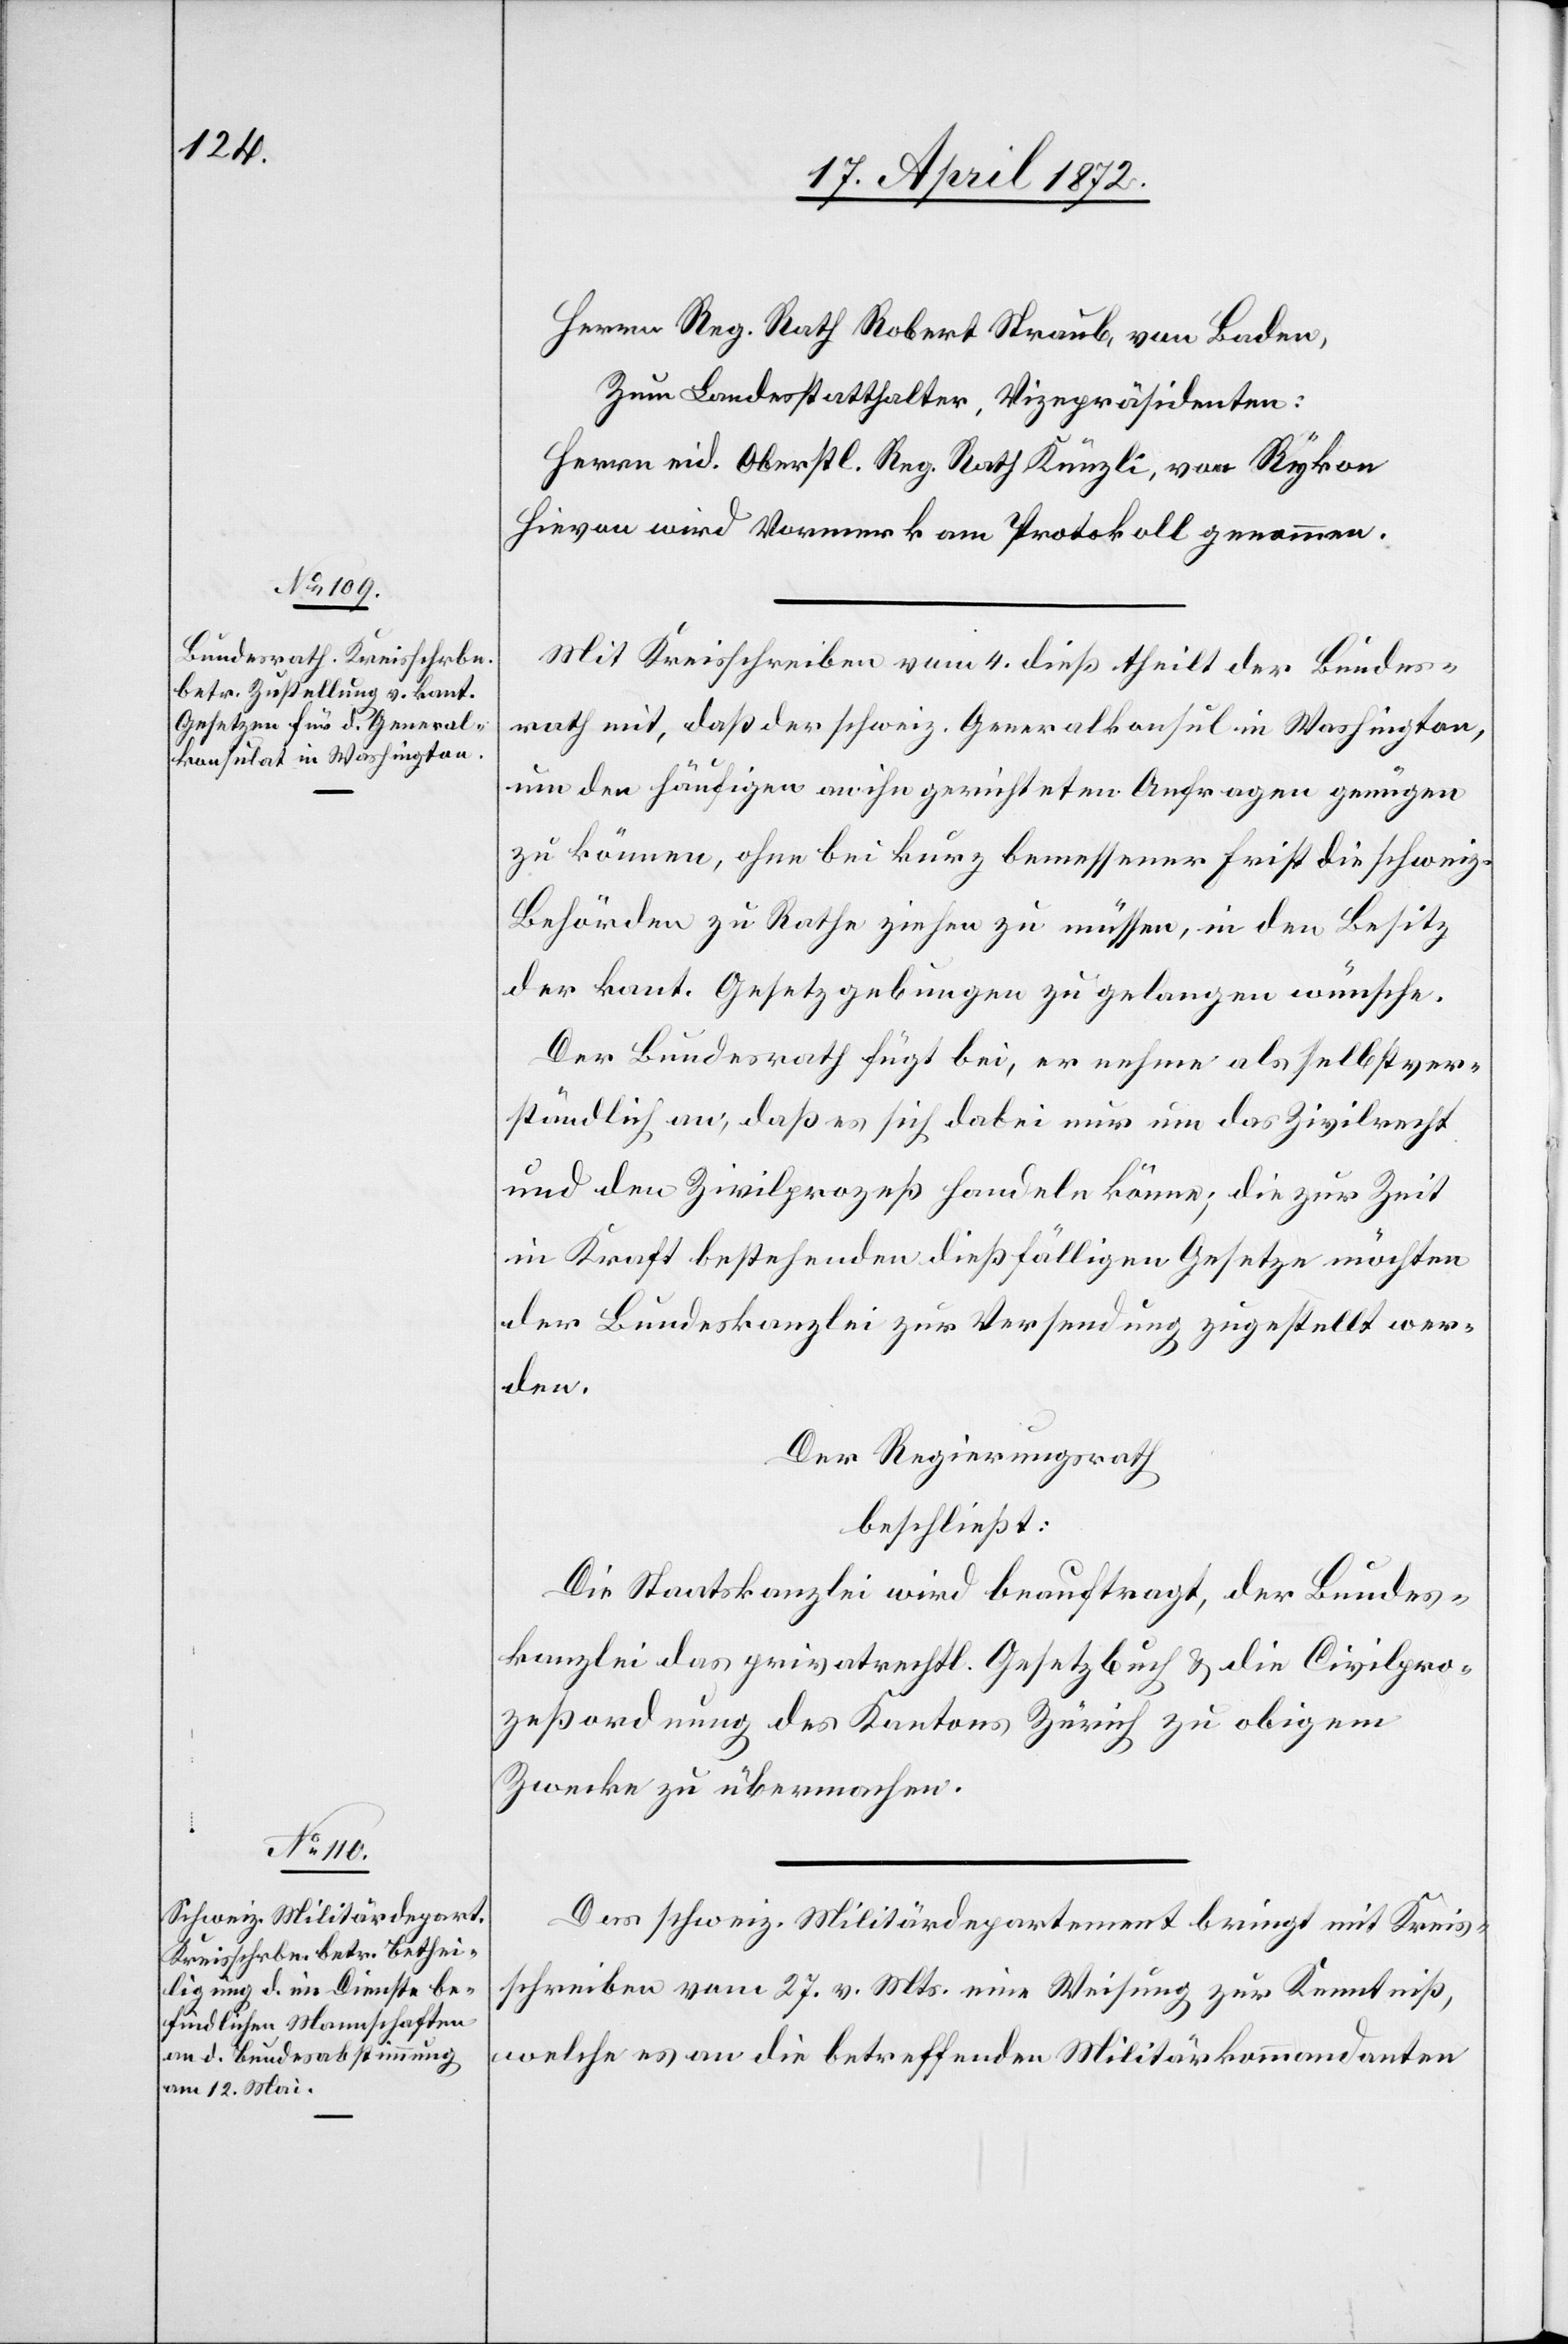
Herrn Reg. Rath Robert Straub, von Baden,
Zum Landesstatthalter, Vizepräsidenten:
Herrn eid. Oberstl. Reg. Rath Künzli, von Rykon
Hievon wird Vormerk am Protokoll genommen.
Mit Kreisschreiben vom 4. dieß theilt der Bundes¬
rath mit, daß der schweiz. Generalkonsul in Washington,
um den häufigen an ihn gerichteten Anfragen genügen
zu können, ohne bei kurz bemessener Frist die schweiz.
Behörden zu Rathe ziehen zu müssen, in den Besitz
der kant. Gesetzgebungen zu gelangen wünsche.
Der Bundesrath fügt bei, er nehme als selbstver¬
ständlich an, daß es sich dabei nur um das Zivilrecht
und den Zivilprozeß handeln könne; die zur Zeit
in Kraft bestehenden dießfälligen Gesetze möchten
der Bundeskanzlei zur Versendung zugestellt wer¬
den.
Der Regierungsrath
beschließt:
Die Staatskanzlei wird beauftragt, der Bundes¬
kanzlei das privatrechtl. Gesetzbuch u. die Civilpro¬
zeßordnung des Kantons Zürich zu obigem
Zwecke zu übermachen.
Das schweiz. Militärdepartement bringt mit Kreis¬
schreiben vom 27. v. Mts. eine Weisung zur Kenntniß,
welche es an die betreffenden Militärkommandanten